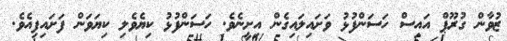
ޒުވާން ގުރޫޕް އައިސް ހަސަންފުޅު ވަށައިލައިގެން އިށީނެވެ. ހަސަންފުޅު ކިޔެވެލި ކިޔަވަން ފަށައިފިއެވެ.